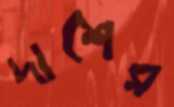
দাশের